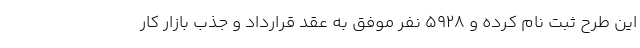
این طرح ثبت نام کرده و ۵۹۲۸ نفر موفق به عقد قرارداد و جذب بازار کار